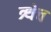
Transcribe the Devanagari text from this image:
त्र्थेच